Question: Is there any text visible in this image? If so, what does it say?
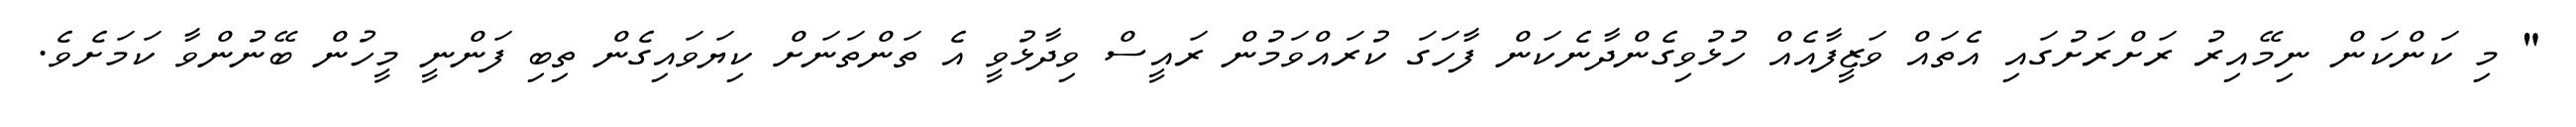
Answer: " މި ކަންކަން ނިމޭއިރު ރަށްރަށުގައި އެތައް ވަޒީފާއެއް ހުޅުވިގެންދާނެކަން ފާހަގަ ކުރައްވަމުން ރައީސް ވިދާޅުވީ އެ ތަންތަނަށް ކިޔަވައިގެން ތިބި ފަންނީ މީހުން ބޭނުންވާ ކަމަށެވެ.